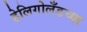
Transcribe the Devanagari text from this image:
हेलिगोलँडच्या